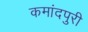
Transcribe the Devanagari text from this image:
कमांदपुरी